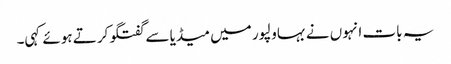
یہ بات انہوں نے بہاولپور میں میڈیا سے گفتگو کرتے ہوئے کہی۔